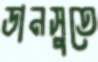
ডানসুতে